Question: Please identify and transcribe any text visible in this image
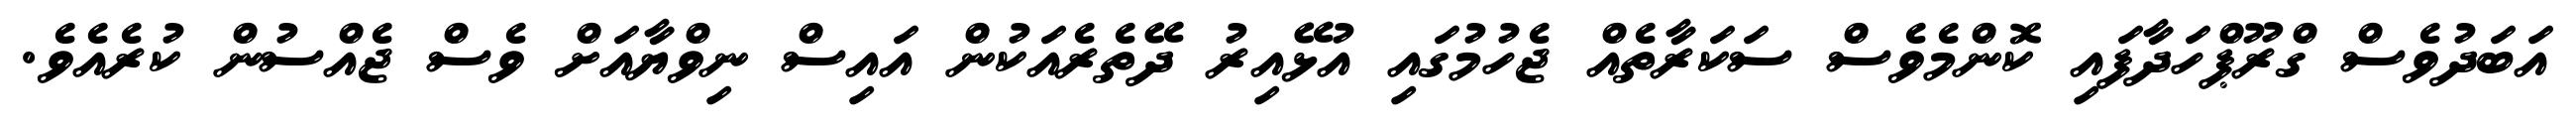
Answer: އަބަދުވެސް ގްރޫޕްހަދާފައި ކޮންމެވެސް ސަކަރާތެއް ޖެހުމުގައި އުޅޭއިރު ދޭތެރެއަކުން އައިސް ނިވްޔާއަށް ވެސް ޖެއްސުން ކުރެއެވެ.